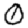
Digit: 0